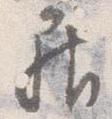
居